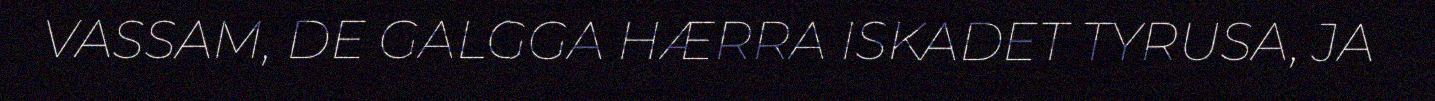
VASSAM, DE GALGGA HÆRRA ISKADET TYRUSA, JA